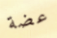
عضة